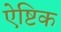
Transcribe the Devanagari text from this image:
ऐष्टिक